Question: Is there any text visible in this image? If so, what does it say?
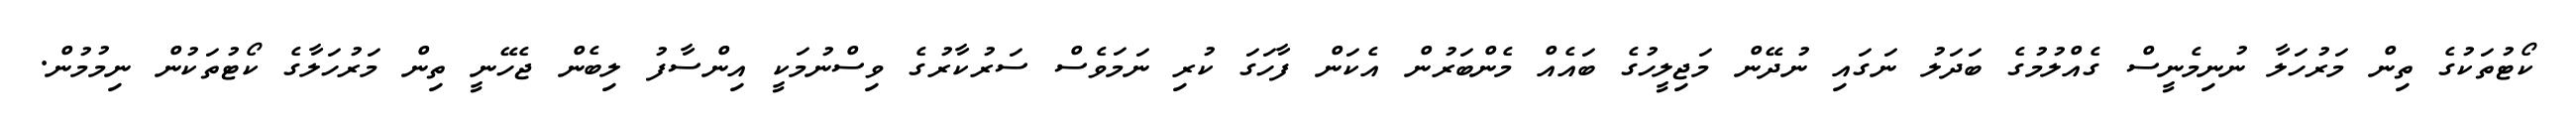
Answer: ކޯޓުތަކުގެ ތިން މަރުހަލާ ނުނިމެނީސް ގެއްލުމުގެ ބަދަލު ނަގައި ނުދޭން މަޖިލީހުގެ ބައެއް މެންބަރުން އެކަން ފާހަގަ ކުރި ނަމަވެސް ސަރުކާރުގެ ވިސްނުމަކީ އިންސާފު ލިބެން ޖެހޭނީ ތިން މަރުހަލާގެ ކޯޓުތަކުން ނިމުމުން.